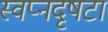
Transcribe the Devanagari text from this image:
स्वप्नदृषटा